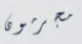
مجرمون